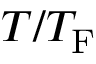
T / T _ { \mathrm { F } }